Annual administration and progress report of the Indian Medical Department, Bombay
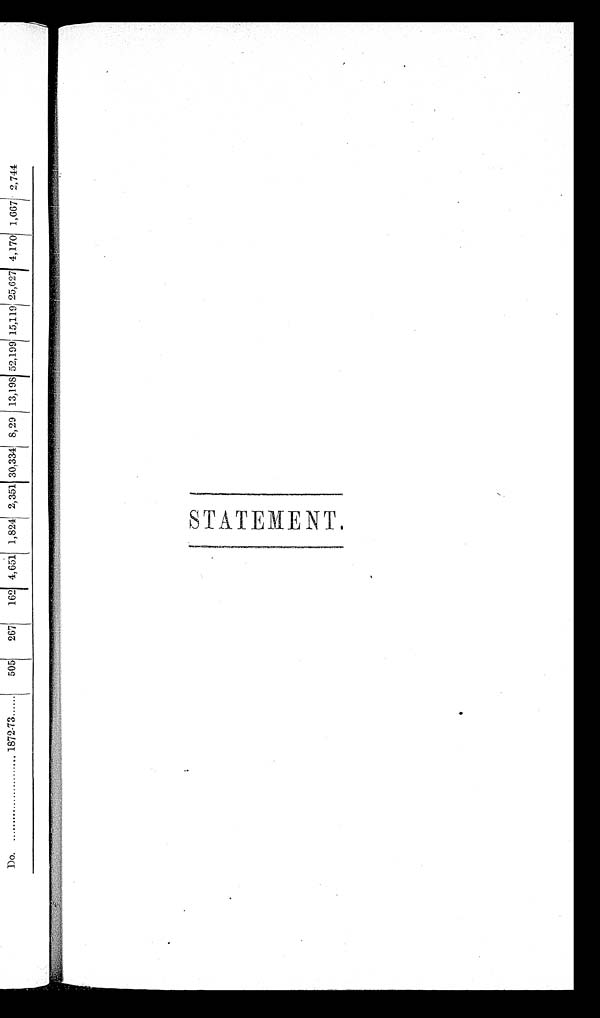
STATEMENT.